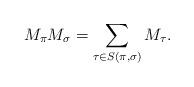
LaTeX: \begin{align*}M_\pi M_{\sigma}=\sum_{\tau\in S(\pi,\sigma)}M_{\tau}.\end{align*}